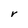
Character: r